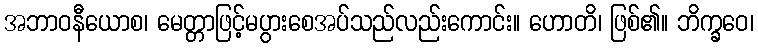
အဘာဝနီယောစ၊ မေတ္တာဖြင့်မပွားစေအပ်သည်လည်းကောင်း။ ဟောတိ၊ ဖြစ်၏။ ဘိက္ခဝေ၊